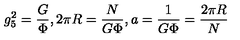
g _ { 5 } ^ { 2 } = \frac { G } { \Phi } , 2 \pi R = \frac { N } { G \Phi } , a = \frac { 1 } { G \Phi } = \frac { 2 \pi R } { N }